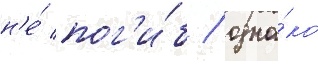
н'е́ пог'и́б / одна́ко